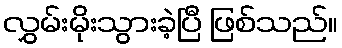
လွှမ်းမိုးသွားခဲ့ပြီ ဖြစ်သည်။